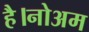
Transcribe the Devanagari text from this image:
है।नोअम